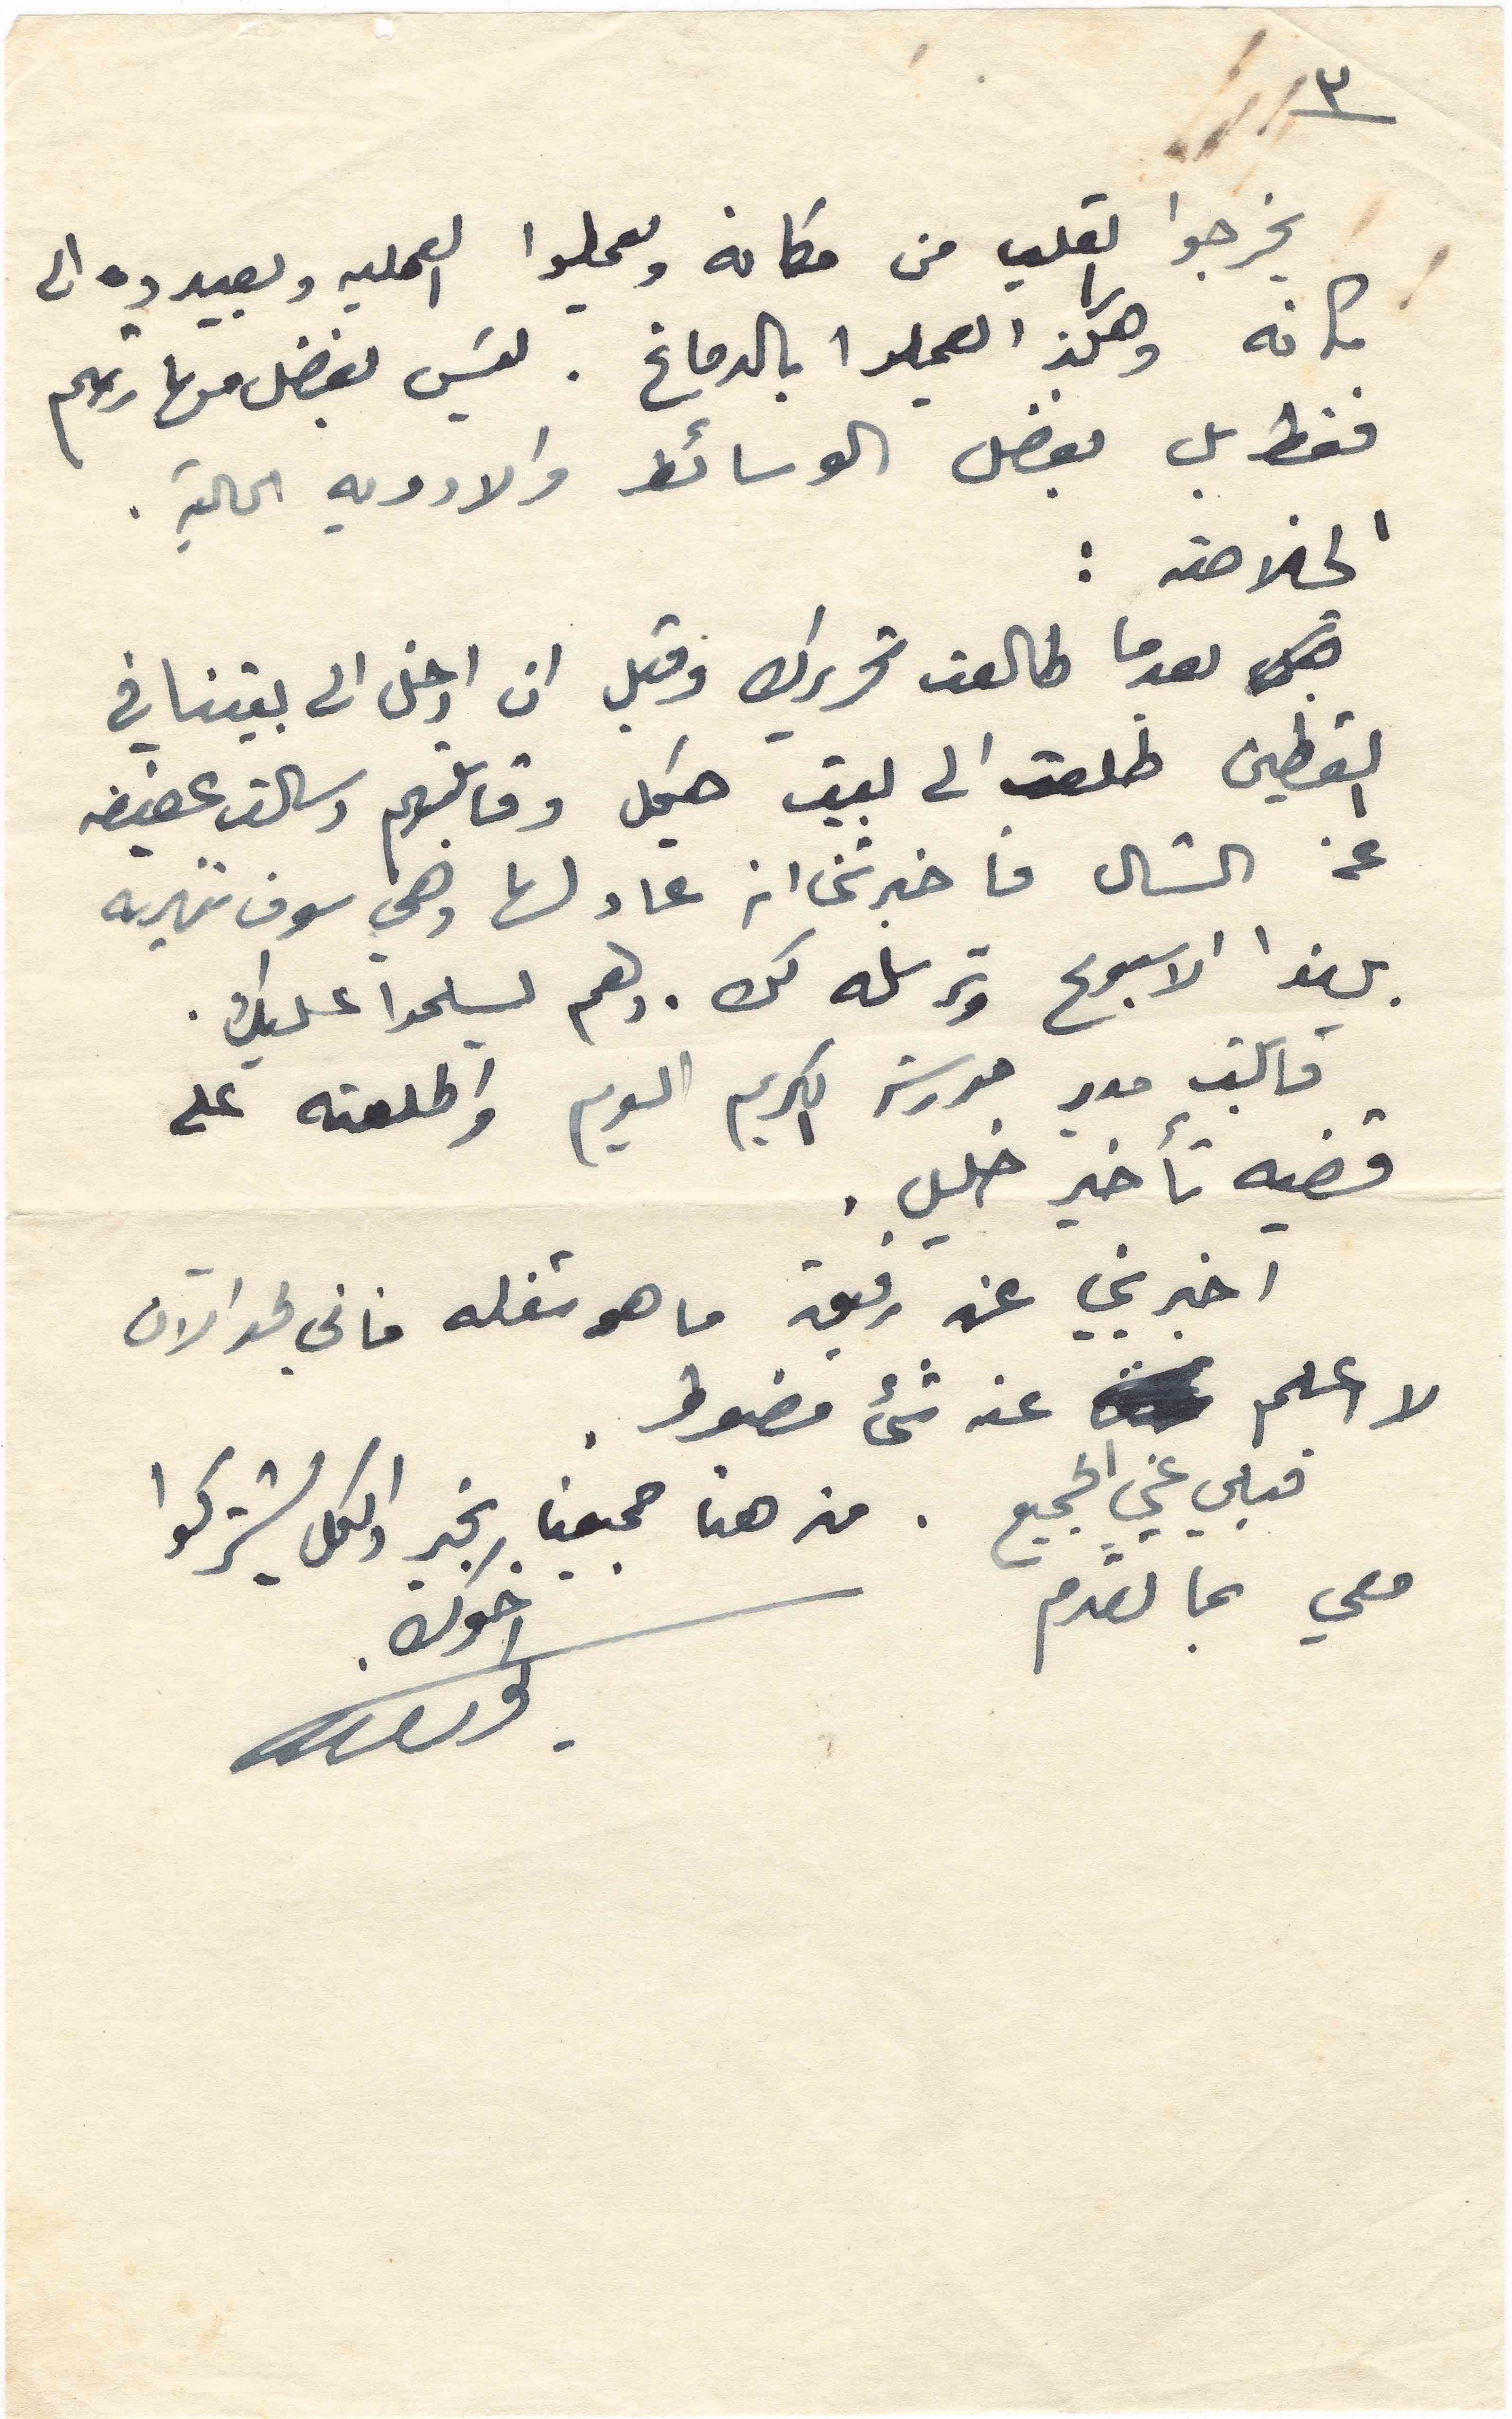
٣
يخرجوا القلب من مكانه ويعملوا العمليه ويعيدوه الى
مكانه وهكذ يعملوا بالدماغ. ليسَ بفضل مهارتهم
فقط بل بفضل الوسائط والادوية الحالية.
الخلاصة:
بعدما طالعت تحريرك وقبل ان ادخل الى بيتنا في
القطين طلعت الى بيت هيكل وقابلتهم وسألت عفيفه
عن الشال فاخبرتني انه عاد لها وهي سوف تنهيه
بهذا الاسبوع وترسله لك. ولعم يسلموا عليك.
قابلت مدير مدرسة الكريم اليوم واطلعته على
قضيه تأخير خليل.
اخبريني عن رفيق ما هو شغله فاني لحد الآن
لا اعلم عنه شيء مضبوط. مضبوط.
قبلي عني الجميع. من هنا جميعنا بخير والكل يشتركوا
معي بما تقدم.
اخوك.